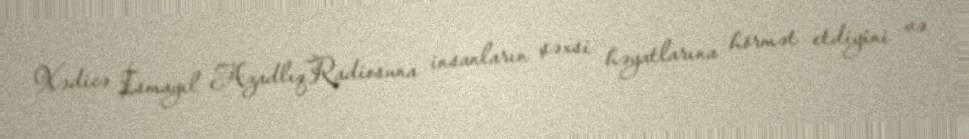
Xədicə İsmayıl AzadlıqRadiosuna insanların şəxsi həyatlarına hörmət etdiyini və